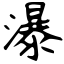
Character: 瀑